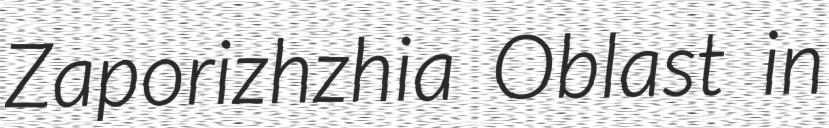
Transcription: Zaporizhzhia Oblast in